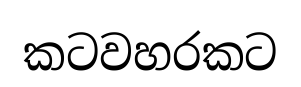
කටවහරකට